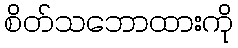
စိတ်သဘောထားကို